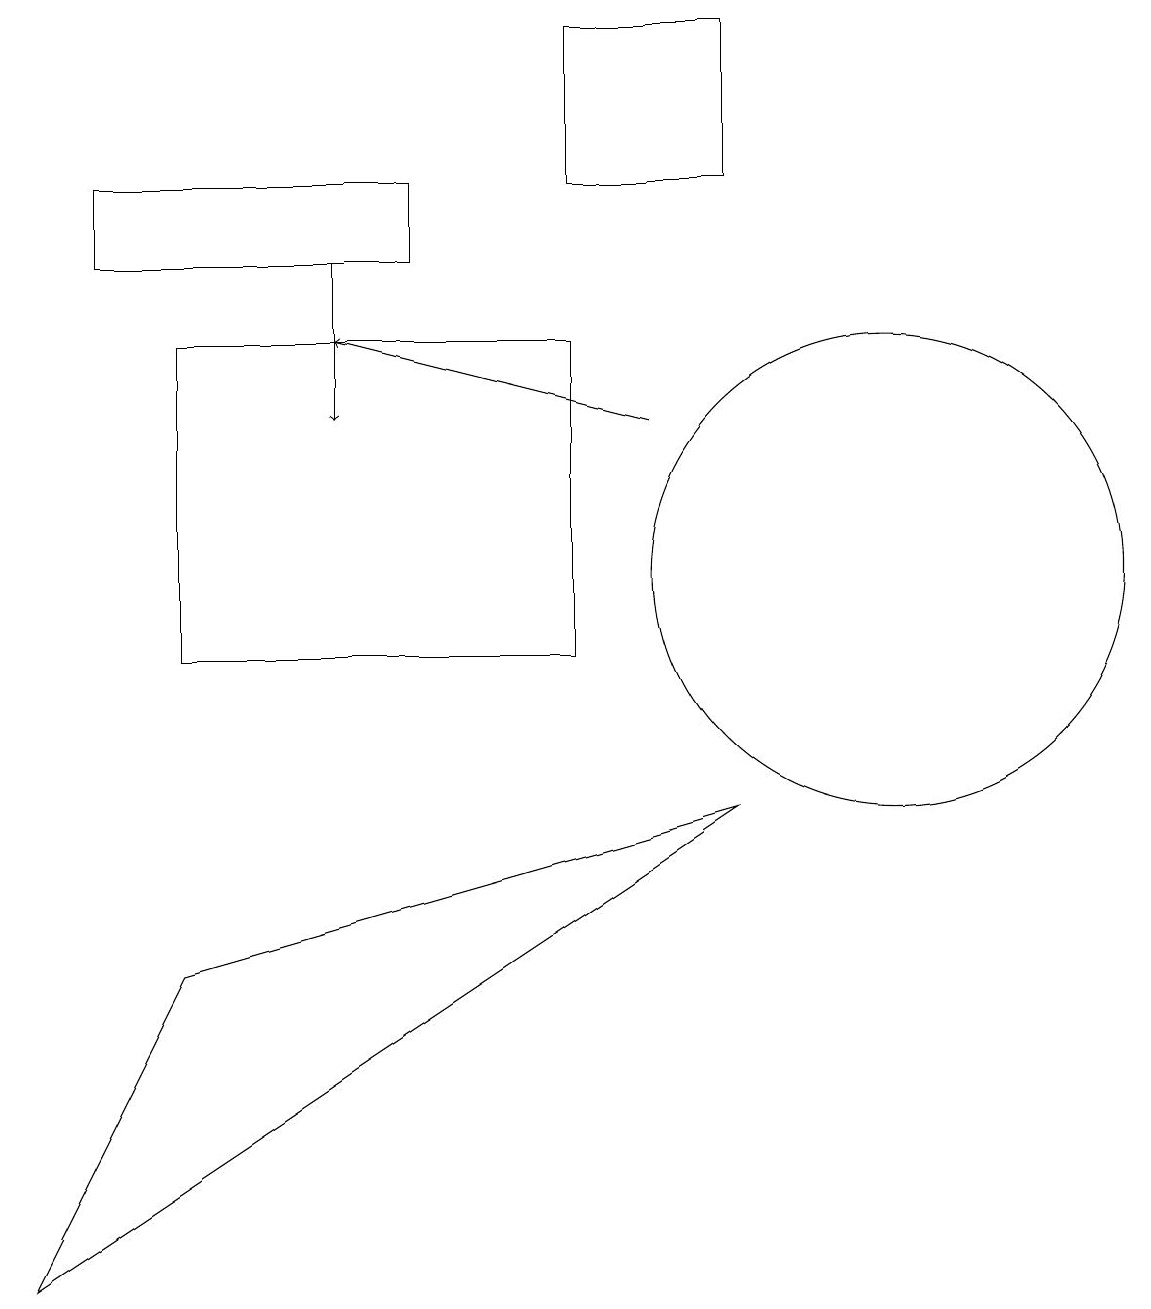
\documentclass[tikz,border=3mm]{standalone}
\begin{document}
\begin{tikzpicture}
\draw (0,3) -- (2,7) -- (9,9) -- cycle;
\draw (1,17) rectangle (5,16);
\draw[->] (8,14) -- (4,15);
\draw (7,17) rectangle (9,19);
\draw[->] (4,16) -- (4,14);
\draw (7,15) rectangle (2,11);
\draw (11,12) circle (3);
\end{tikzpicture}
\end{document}